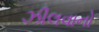
ઝીલવાનો